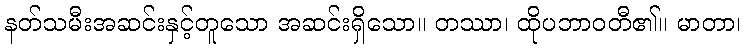
နတ်သမီးအဆင်းနှင့်တူသော အဆင်းရှိသော။ တဿာ၊ ထိုပဘာဝတီ၏။ မာတာ၊